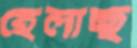
হেলাচ্ছ